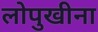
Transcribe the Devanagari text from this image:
लोपुखीना